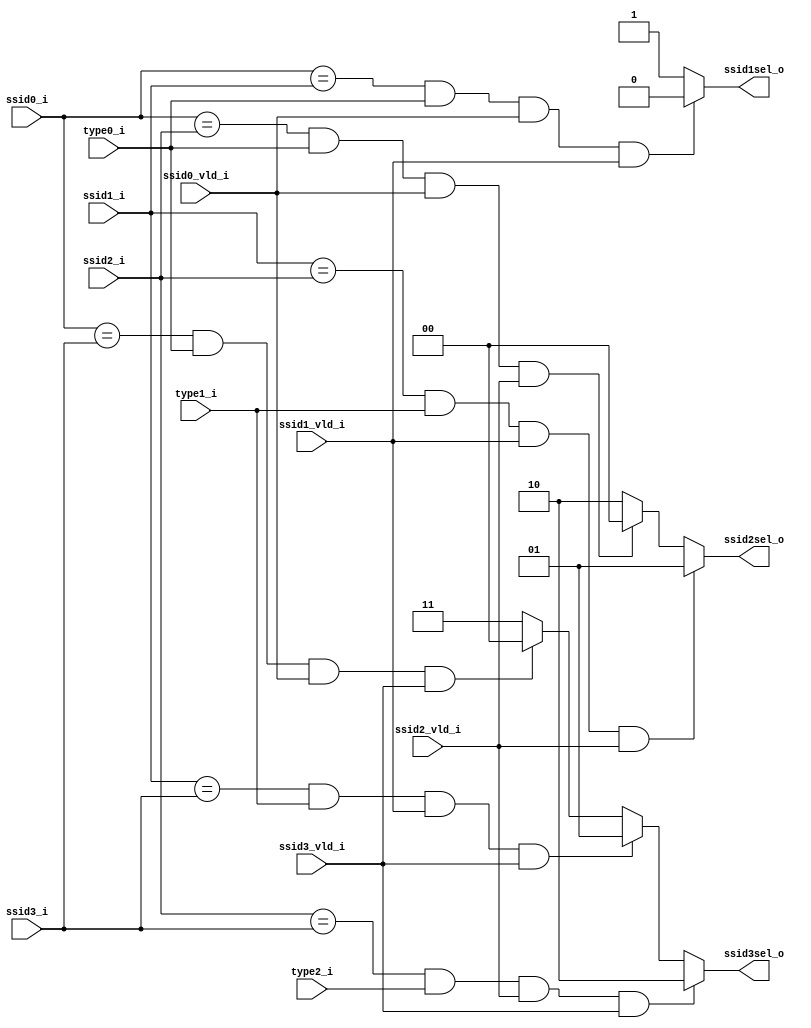
////////////////////////////////////////////////////////////////////////////////////////
//
//                
//  Description : This file identifies intra instruction bundle dependencies for
//                store set ids.
//                
//                
//                
//  Create Date : original_time
//  Version     : v0.1 
//
/////////////////////////////////////////////////////////////////////////////////////////
module dep_chk_ssit(
    input [6:0] ssid0_i,
    input [6:0] ssid1_i,
    input [6:0] ssid2_i,
    input [6:0] ssid3_i,
    input       ssid0_vld_i,
    input       ssid1_vld_i,
    input       ssid2_vld_i,
    input       ssid3_vld_i,
    
    input       type0_i,        // 1 for stores
    input       type1_i,        // 1 for stores
    input       type2_i,        // 1 for stores
    
    output reg       ssid1sel_o,
    output reg [1:0] ssid2sel_o,
    output reg [1:0] ssid3sel_o
);

// generate ssid1sel_o
always @ *
begin
  if ((ssid0_i == ssid1_i) && type0_i && ssid0_vld_i && ssid1_vld_i)
    ssid1sel_o = 1'b0;
  else
    ssid1sel_o = 1'b1;
end

// generate ssid2sel_o
always @ *
begin
  if ((ssid1_i == ssid2_i) && type1_i && ssid1_vld_i && ssid2_vld_i)
    ssid2sel_o = 2'b01;
  else if ((ssid0_i == ssid2_i) && type0_i && ssid0_vld_i && ssid2_vld_i)
    ssid2sel_o = 2'b00;
  else
    ssid2sel_o = 2'b10;
end

// generate ssid3sel_o
always @ *
begin
  if ((ssid2_i == ssid3_i) && type2_i && ssid2_vld_i && ssid3_vld_i)
    ssid3sel_o = 2'b10;
  else if ((ssid1_i == ssid3_i) && type1_i && ssid1_vld_i && ssid3_vld_i)
    ssid3sel_o = 2'b01;
  else if ((ssid0_i == ssid3_i) && type0_i && ssid0_vld_i && ssid3_vld_i)
    ssid3sel_o = 2'b00;
  else
    ssid3sel_o = 2'b11;
end

endmodule